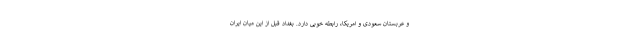
و عربستان سعودی و امریکا، رابطه خوبی دارد. بغداد قبل از این میان ایران